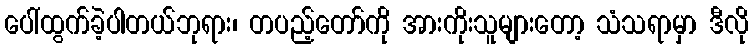
ပေါ်ထွက်ခဲ့ပါတယ်ဘုရား၊ တပည့်တော်ကို အားကိုးသူများတော့ သံသရာမှာ ဒီလို